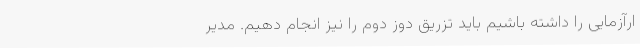
ارآزمایی را داشته باشیم باید تزریق دوز دوم را نیز انجام دهیم. مدیر